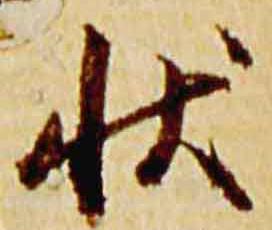
状